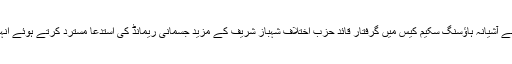
واضح رہے کہ احتساب عدالت نے نیب کی جانب سے آشیانہ ہاؤسنگ سکیم کیس میں گرفتار قائد حزب اختلاف شہباز شریف کے مزید جسمانی ریمانڈ کی استدعا مسترد کرتے ہوئے انہیں جوڈیشل ریمانڈ پر جیل بھجوانے کا حکم دیا تھا ۔